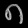
Digit: ၈